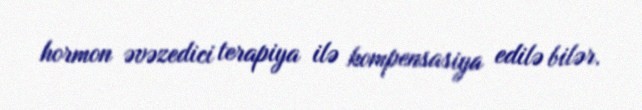
hormon əvəzedici terapiya ilə kompensasiya edilə bilər.